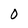
Character: 0